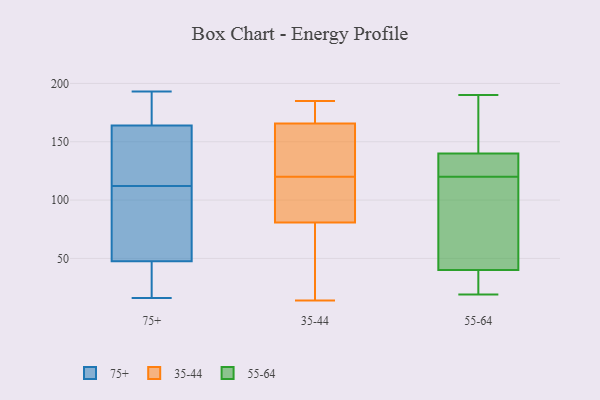
{"axis": {"x": "Inventory Turnover", "y": "Value"}, "legend": ["35-44", "55-64", "75+"], "data": [{"x": "", "y": 158, "type": "75+"}, {"x": "", "y": 50, "type": "75+"}, {"x": "", "y": 56, "type": "75+"}, {"x": "", "y": 193, "type": "75+"}, {"x": "", "y": 175, "type": "75+"}, {"x": "", "y": 109, "type": "75+"}, {"x": "", "y": 16, "type": "75+"}, {"x": "", "y": 156, "type": "75+"}, {"x": "", "y": 115, "type": "75+"}, {"x": "", "y": 45, "type": "75+"}, {"x": "", "y": 170, "type": "75+"}, {"x": "", "y": 30, "type": "75+"}, {"x": "", "y": 77, "type": "35-44"}, {"x": "", "y": 120, "type": "35-44"}, {"x": "", "y": 92, "type": "35-44"}, {"x": "", "y": 149, "type": "35-44"}, {"x": "", "y": 166, "type": "35-44"}, {"x": "", "y": 185, "type": "35-44"}, {"x": "", "y": 165, "type": "35-44"}, {"x": "", "y": 48, "type": "35-44"}, {"x": "", "y": 167, "type": "35-44"}, {"x": "", "y": 100, "type": "35-44"}, {"x": "", "y": 14, "type": "35-44"}, {"x": "", "y": 190, "type": "55-64"}, {"x": "", "y": 158, "type": "55-64"}, {"x": "", "y": 19, "type": "55-64"}, {"x": "", "y": 142, "type": "55-64"}, {"x": "", "y": 34, "type": "55-64"}, {"x": "", "y": 58, "type": "55-64"}, {"x": "", "y": 24, "type": "55-64"}, {"x": "", "y": 120, "type": "55-64"}, {"x": "", "y": 134, "type": "55-64"}, {"x": "", "y": 73, "type": "55-64"}, {"x": "", "y": 120, "type": "55-64"}]}